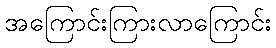
အကြောင်းကြားလာကြောင်း